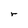
Character: r